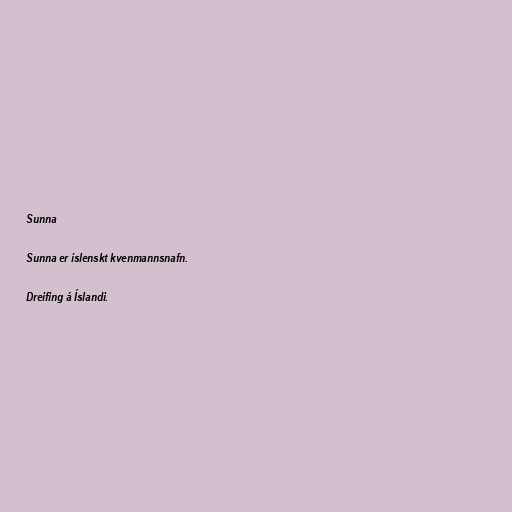
Sunna

Sunna er íslenskt kvenmannsnafn.

Dreifing á Íslandi.